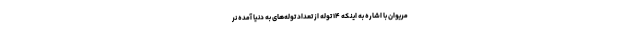
مریوان با اشاره به اینکه ۱۴ توله از تعداد توله‌های به دنیا آمده نر